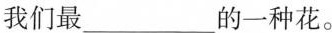
我们最 ___ 的一种花。